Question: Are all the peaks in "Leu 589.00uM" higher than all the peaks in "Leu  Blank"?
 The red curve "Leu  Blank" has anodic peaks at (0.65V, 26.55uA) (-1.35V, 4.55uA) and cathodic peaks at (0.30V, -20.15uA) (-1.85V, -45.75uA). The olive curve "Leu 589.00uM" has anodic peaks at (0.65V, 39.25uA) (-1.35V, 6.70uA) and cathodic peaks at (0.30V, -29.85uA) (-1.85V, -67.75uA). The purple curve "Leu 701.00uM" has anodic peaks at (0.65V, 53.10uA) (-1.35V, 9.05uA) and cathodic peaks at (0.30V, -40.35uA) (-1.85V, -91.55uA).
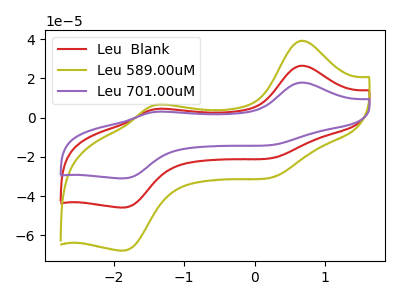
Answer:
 <answer>Every peak in "Leu 589.00uM" is higher than every peak in "Leu  Blank".</answer>
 <eval>higher</eval>